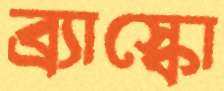
ব্র্যাস্কো